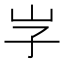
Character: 𡵇